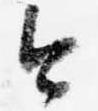
今